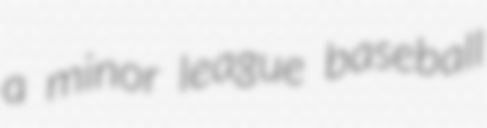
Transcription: a minor league baseball